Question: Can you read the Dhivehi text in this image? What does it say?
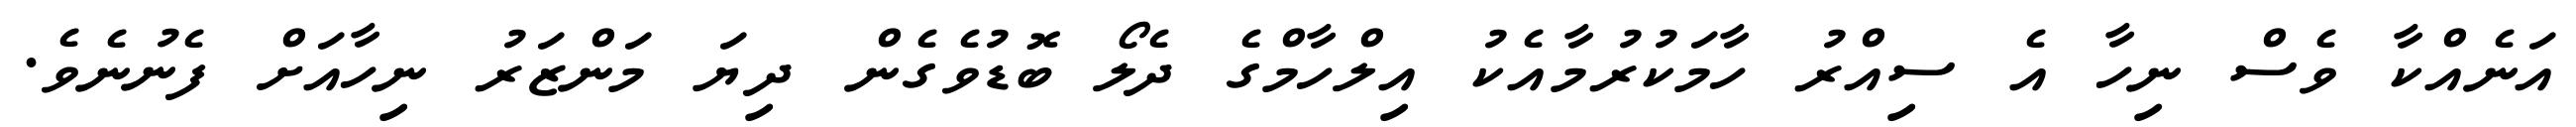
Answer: އަނެއްކާ ވެސް ނިހާ އެ ސިއްރު ހާމަކުރުމާއެކު އިލްހާމްގެ ދެލޯ ބޮޑުވެގެން ދިޔަ މަންޒަރު ނިހާއަށް ފެނުނެވެ.